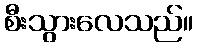
စီးသွားလေသည်။